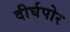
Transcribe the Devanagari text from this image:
दीर्घपोर